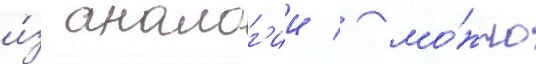
и́з аналог'ии / мо́жно